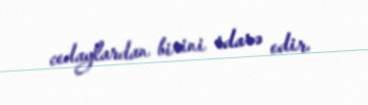
cedaylardan birini idarə edir.